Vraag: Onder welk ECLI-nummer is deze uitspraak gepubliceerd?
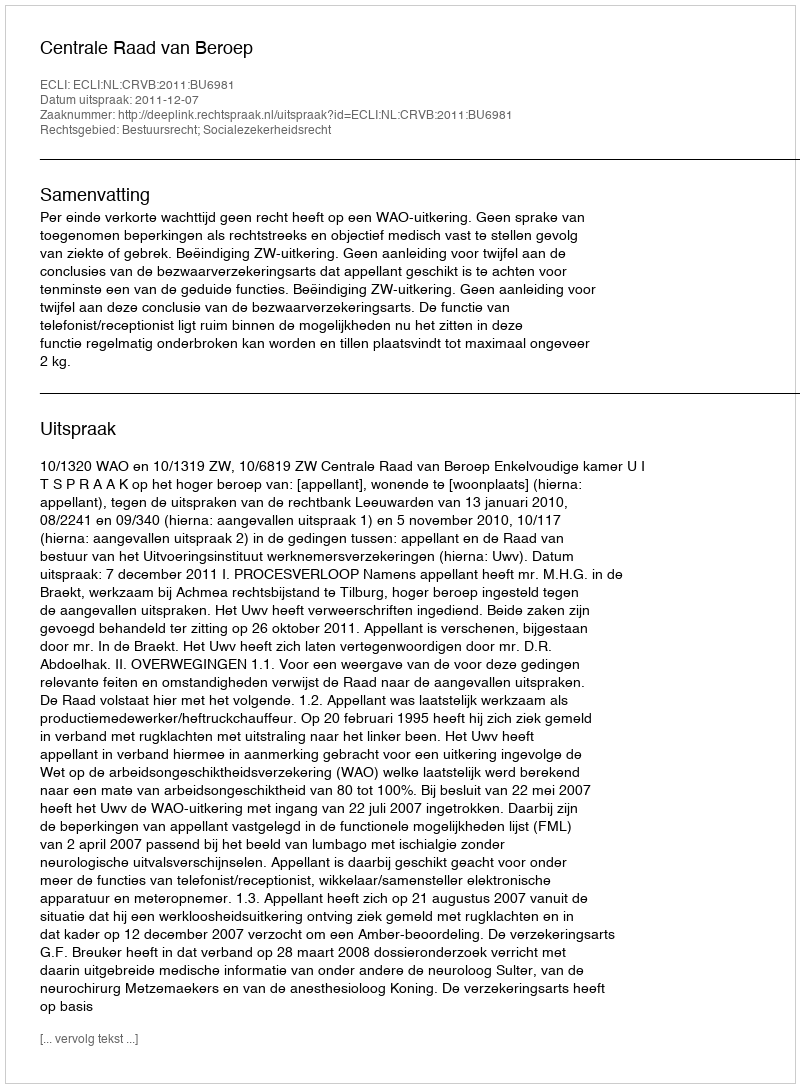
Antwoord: ECLI:NL:CRVB:2011:BU6981